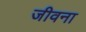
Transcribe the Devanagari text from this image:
जीवना